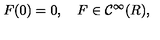
F ( 0 ) = 0 , \quad F \in { \mathcal C } ^ { \infty } ( R ) ,